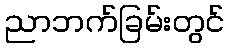
ညာဘက်ခြမ်းတွင်